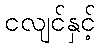
ငလျင်နှင့်